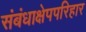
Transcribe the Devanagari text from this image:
संबंधाक्षेपपरिहार